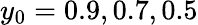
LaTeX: y_{0}=0.9,0.7,0.5